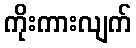
ကိုးကားလျက်